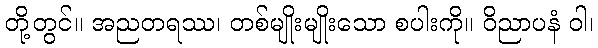
တို့တွင်။ အညတရဿ၊ တစ်မျိုးမျိုးသော စပါးကို။ ဝိညာပနံ ဝါ၊